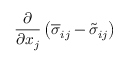
{ \frac { \partial } { \partial x _ { j } } } \left( { \overline { { \sigma } } } _ { i j } - { \tilde { \sigma } } _ { i j } \right)